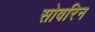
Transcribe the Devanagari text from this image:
सोवरिन